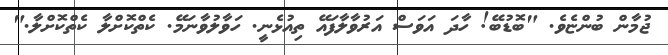
ޖުމާން ބުންޏެވެ. "ބޮޑުބޭ! ހާދަ އަވަސް އަރުވާލާފައޭ ތިއުޅެނީ. ހަވާލުވާނަމޭ. ކެތްކޮށްލާ ކެތްކޮށްލާ."